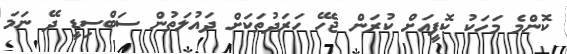
ކޮންމެ މަހަކު ކޮފީއަށް ކުރަން ޖެހޭ ހަރަދުތަކަށް ދައުލަތުން ސަބްސިޑީ ދޭ ނަމަ